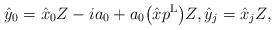
LaTeX: \begin{align*}\hat{y}_0=\hat{x}_0Z-ia_0+a_0\big(\hat{x}p^{\rm L}\big)Z,\hat{y}_j=\hat{x}_jZ,\end{align*}